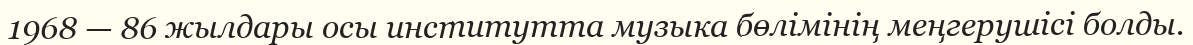
1968 — 86 жылдары осы институтта музыка бөлімінің меңгерушісі болды.